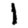
Digit: 1